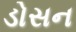
ડોસન